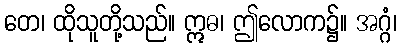
တေ၊ ထိုသူတို့သည်။ ဣဓ၊ ဤလောက၌။ အဂ္ဂံ၊